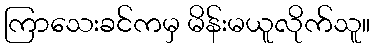
ကြာသေးခင်ကမှ မိန်းမယူလိုက်သူ။